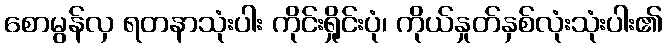
စောမွန်လှ ရတနာသုံးပါး ကိုင်းရှိုင်းပုံ၊ ကိုယ်နှုတ်နှစ်လုံးသုံးပါး၏